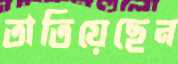
তাতিয়েছেন